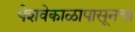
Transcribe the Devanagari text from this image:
पेशवेकाळापासूनचा